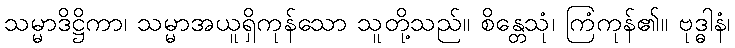
သမ္မာဒိဋ္ဌိကာ၊ သမ္မာအယူရှိကုန်သော သူတို့သည်။ စိန္တေသုံ၊ ကြံကုန်၏။ ဗုဒ္ဓါနံ၊